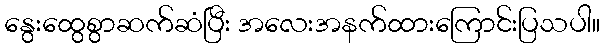
နွေးထွေစွာဆက်ဆံပြီး အလေးအနက်ထားကြောင်းပြသပါ။